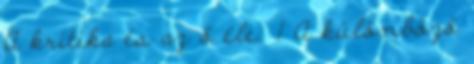
A kritika és az ő éle. 1 A különböző